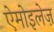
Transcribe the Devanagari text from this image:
ऐमोइलेज़